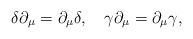
\begin{align*}\delta\partial_\mu=\partial_\mu \delta,\quad\gamma\partial_\mu=\partial_\mu\gamma,\end{align*}